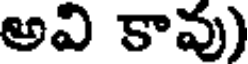
అవి కావు)